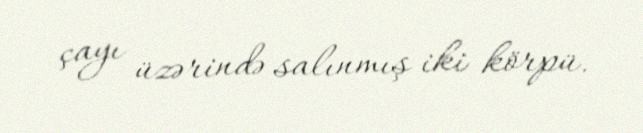
çayı üzərində salınmış iki körpü.